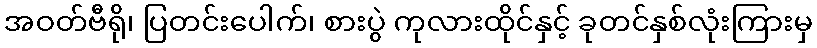
အဝတ်ဗီရို၊ ပြတင်းပေါက်၊ စားပွဲ ကုလားထိုင်နှင့် ခုတင်နှစ်လုံးကြားမှ